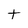
Character: t